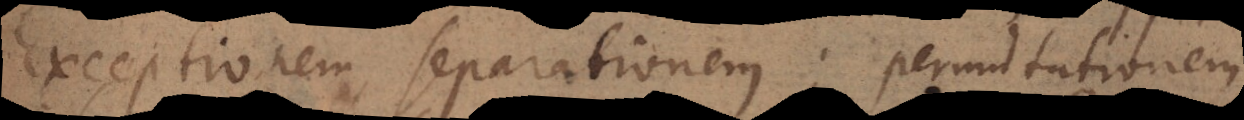
Exceptionem, separationem; permutationem